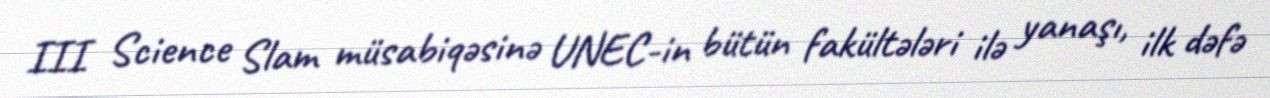
III Science Slam müsabiqəsinə UNEC-in bütün fakültələri ilə yanaşı, ilk dəfə